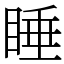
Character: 睡